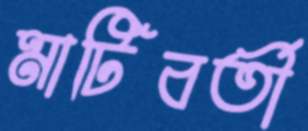
মাটিবর্তী